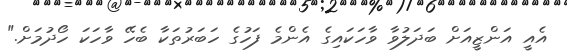
އެއީ އަންޒީއަށް ބަދަލުވާ ވާހަކައިގެ އެންމެ ފަހުގެ ހަބަރުތަކާ ބެހޭ ވާހަކަ ހޯދުމަށް."